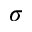
\sigma